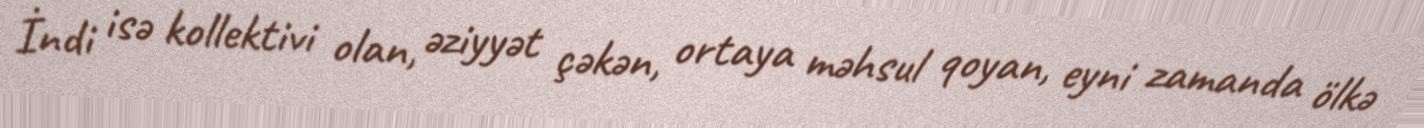
İndi isə kollektivi olan, əziyyət çəkən, ortaya məhsul qoyan, eyni zamanda ölkə